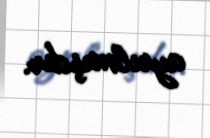
ayrılmışdır.